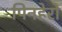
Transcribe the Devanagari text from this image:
पिनहेरो